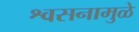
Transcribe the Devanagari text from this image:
श्वसनामुळे